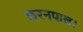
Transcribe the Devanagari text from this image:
करनपाल।